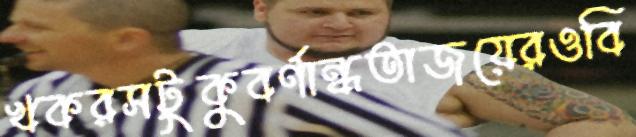
খকরসটুকুবর্ণান্ধতাজয়েরওবি